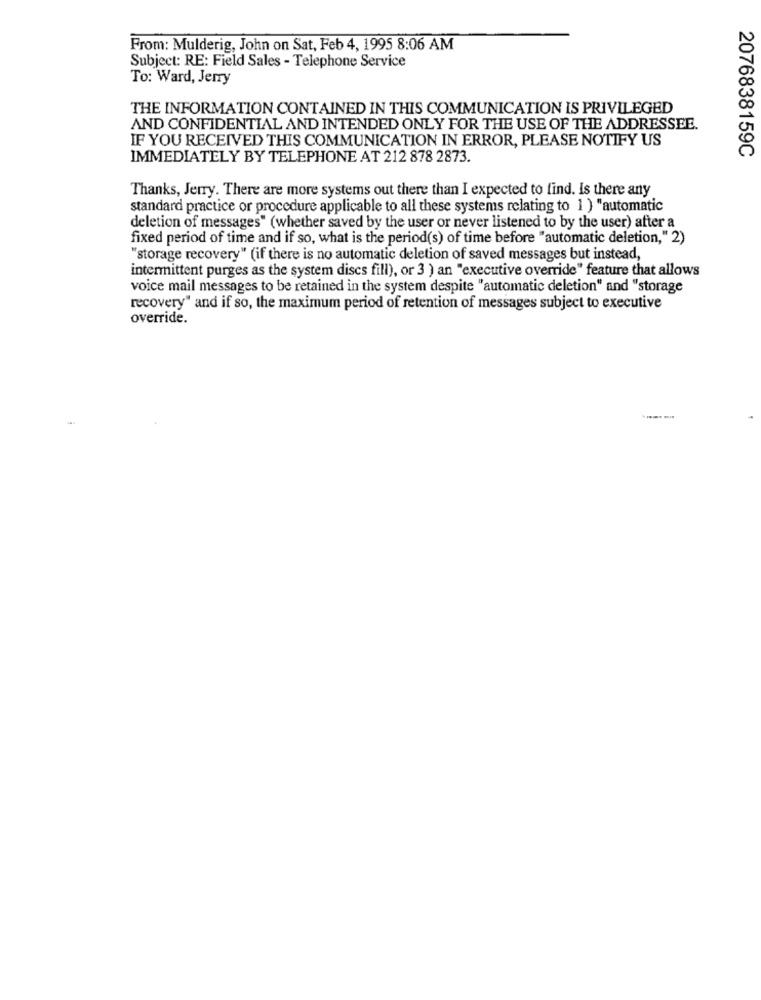
From: Mulderig, John on Sat, Feb 4, 1995 8:06 AM
Subject: RE: Field Sales - Telephone Service
To: Ward, Jerry
THE INFORMATION CONTAINED IN THIS COMMUNICATION IS PRIVILEGED
AND CONFIDENTIAL AND INTENDED ONLY FOR THE USE OF THE ADDRESSEE.
IF YOU RECEIVED THIS COMMUNICATION IN ERROR, PLEASE NOTIFY US
2076838159C
IMMEDIATELY BY TELEPHONE AT 212 878 2873.
Thanks, Jerry. There are more systems out there than I expected to find. Is there any
standard practice or procedure applicable to all these systems relating to 1 ) "automatic
deletion of messages" (whether saved by the user or never listened to by the user) after a
fixed period of time and if so, what is the period(s) of time before "automatic deletion," 2)
"storage recovery" (if there is no automatic deletion of saved messages but instead,
intermittent purges as the system discs fill), or 3 ) an "executive override" feature that allows
voice mail messages to be retained in the system despite "automatic deletion" and "storage
recovery" and if so, the maximum period of retention of messages subject to executive
override.